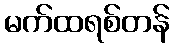
မက်ထရစ်တန်